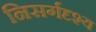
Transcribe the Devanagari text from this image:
निसर्गदृश्य